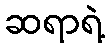
ဆရာရဲ့